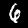
Digit: 6